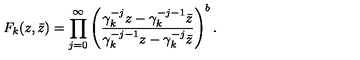
F _ { k } ( z , \bar { z } ) = \prod _ { j = 0 } ^ { \infty } \left( { \frac { \gamma _ { k } ^ { - j } z - \gamma _ { k } ^ { - j - 1 } \bar { z } } { \gamma _ { k } ^ { - j - 1 } z - \gamma _ { k } ^ { - j } \bar { z } } } \right) ^ { b } .